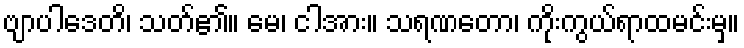
ဗျာပါဒေတိ၊ သတ်၏။ မေ၊ ငါအား။ သရဏတော၊ ကိုးကွယ်ရာထမင်းမှ။